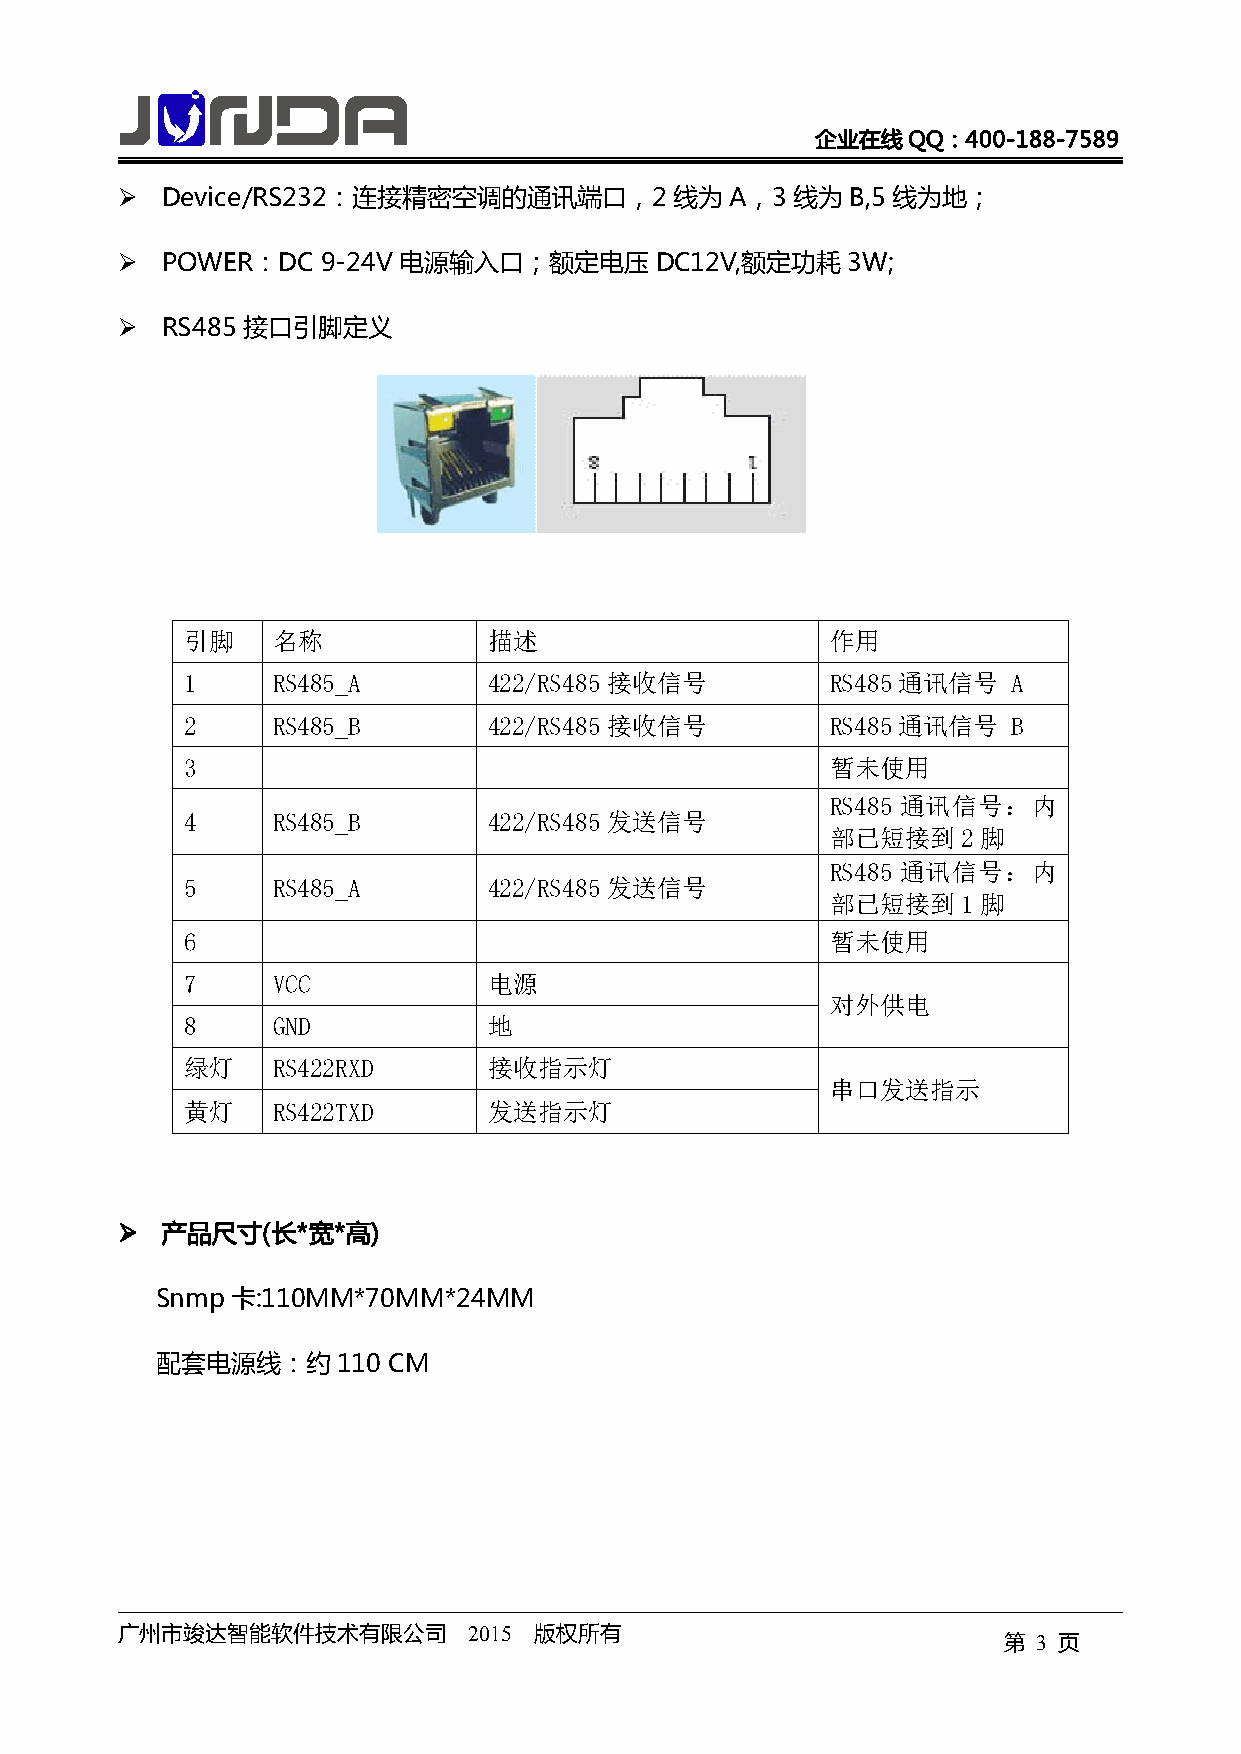
企业在线QQ：400-188-7589
 �  Device/RS232：连接精密空调的通讯端口，2线为A，3          线为B,5线为地；
 �  POWER：DC  9-24V 电源输入口；额定电压DC12V,额定功耗3W;
 �  RS485接口引脚定义
 引脚    名称            描述                     作用
 1     RS485_A       422/RS485接收信号          RS485通讯信号   A
 2     RS485_B       422/RS485接收信号          RS485通讯信号   B
 3                                          暂未使用
 RS485 通讯信号：内
 4     RS485_B       422/RS485发送信号
 部已短接到2脚
 RS485 通讯信号：内
 5     RS485_A       422/RS485发送信号
 部已短接到1脚
 6                                          暂未使用
 7     VCC           电源
 对外供电
 8     GND           地
 绿灯    RS422RXD      接收指示灯
 串口发送指示
 黄灯    RS422TXD      发送指示灯
 ���� 产品尺寸(长*宽*高)
 Snmp卡:110MM*70MM*24MM
 配套电源线：约110      CM
 广州市竣达智能软件技术有限公司        2015 版权所有
 第  3 页